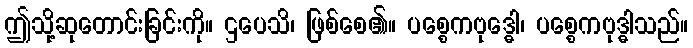
ဤသို့ဆုတောင်းခြင်းကို။ ဌပေသိ၊ ဖြစ်စေ၏။ ပစ္စေကဗုဒ္ဓေါ၊ ပစ္စေကဗုဒ္ဓါသည်။